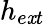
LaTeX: h_{e\mathit{x}t}